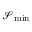
\mathscr { S } _ { \mathrm { m i n } }